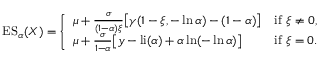
\operatorname { E S } _ { \alpha } ( X ) = { \left\{ \begin{array} { l l } { \mu + { \frac { \sigma } { ( 1 - \alpha ) \xi } } { \bigl [ } \gamma ( 1 - \xi , - \ln \alpha ) - ( 1 - \alpha ) { \bigr ] } } & { { \mathrm { i f ~ } } \xi \neq 0 , } \\ { \mu + { \frac { \sigma } { 1 - \alpha } } { \bigl [ } y - { \mathrm { l i } } ( \alpha ) + \alpha \ln ( - \ln \alpha ) { \bigr ] } } & { { \mathrm { i f ~ } } \xi = 0 . } \end{array} \right. }